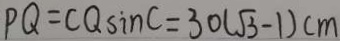
P Q = C Q \sin C = 3 0 ( \sqrt { 3 } - 1 ) c m